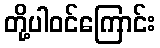
တို့ပါဝင်ကြောင်း